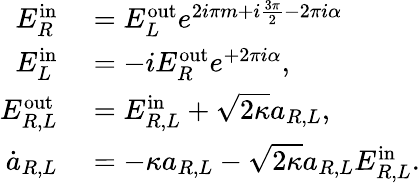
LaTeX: \begin{array}{rl}{E_{R}^{\mathrm{in}}}&{{}=E_{L}^{\mathrm{out}}e^{2i\pi m+i\frac{3\pi}{2}-2\pi i\alpha}}\\ {E_{L}^{\mathrm{in}}}&{{}=-iE_{R}^{\mathrm{out}}e^{+2\pi i\alpha},}\\ {E_{R,L}^{\mathrm{out}}}&{{}=E_{R,L}^{\mathrm{{in}}}+\sqrt{2\kappa}a_{R,L},}\\ {\dot{a}_{R,L}}&{{}=-\kappa a_{R,L}-\sqrt{2\kappa}a_{R,L}E_{R,L}^{\mathrm{in}}.}\end{array}